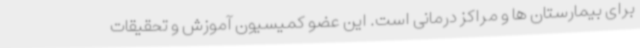
برای بیمارستان ها و مراکز درمانی است. این عضو کمیسیون آموزش و تحقیقات